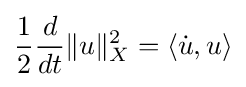
{\frac {1}{2}}{\frac {d}{dt}}\|u\|_{X}^{2}=\langle {\dot {u}},u\rangle